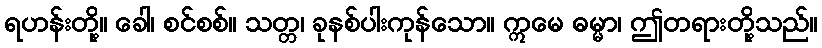
ရဟန်းတို့။ ခေါ၊ စင်စစ်။ သတ္တ၊ ခုနစ်ပါးကုန်သော။ ဣမေ ဓမ္မာ၊ ဤတရားတို့သည်။